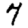
Digit: 7